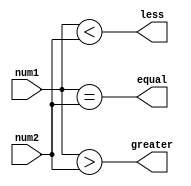
module two_bit_comparator(
    input [1:0] num1,
    input [1:0] num2,
    output equal,
    output greater,
    output less
);

assign equal = (num1 == num2);
assign greater = (num1 > num2);
assign less = (num1 < num2);

endmodule